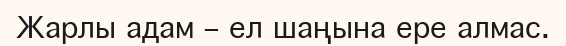
Жарлы адам – ел шаңына ере алмас.